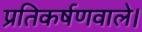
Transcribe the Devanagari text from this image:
प्रतिकर्षणवाले।